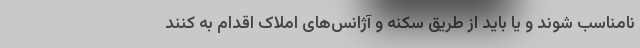
نامناسب شوند و یا باید از طریق سکنه و آژانس‌های املاک اقدام به کنند